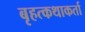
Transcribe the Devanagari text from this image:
बृहत्कथाकर्ता